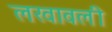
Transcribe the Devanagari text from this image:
लखावली